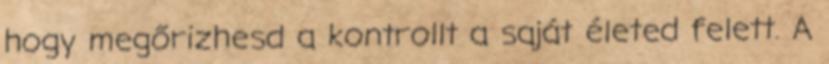
hogy megőrizhesd a kontrollt a saját életed felett. A